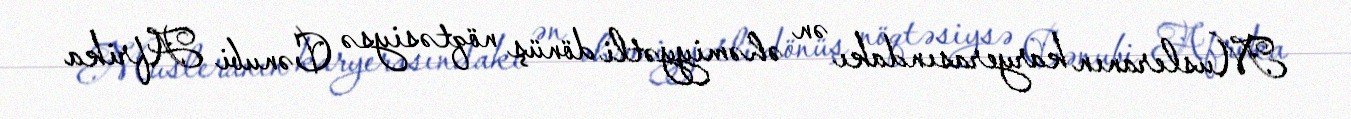
Musleranın karyerasındakı ən əhəmiyyətli dönüş nöqtəsiysə Cənubi Afrika